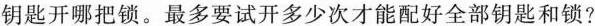
钥匙开哪把锁。最多要试开多少次才能配好全部钥匙和锁？